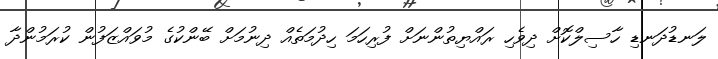
ލަނޑުދަނޑި ހާސިލްކޮށް ދިވެހި ރައްޔިތުންނަށް ފުރިހަމަ ހިދުމަތެއް ދިނުމަށް ބޭންކުގެ މުވައްޒަފުން ކުރަމުންދާ